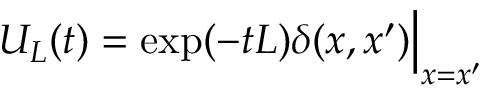
U _ { L } ( t ) = \exp ( - t L ) \delta ( x , x ^ { \prime } ) \Big \vert _ { x = x ^ { \prime } }